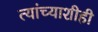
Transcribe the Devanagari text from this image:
त्यांच्याशीही